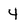
Character: 4